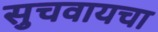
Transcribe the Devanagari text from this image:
सुचवायचा